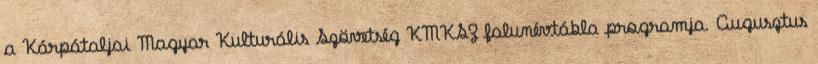
a Kárpátaljai Magyar Kulturális Szövetség KMKSZ falunévtábla programja. Augusztus